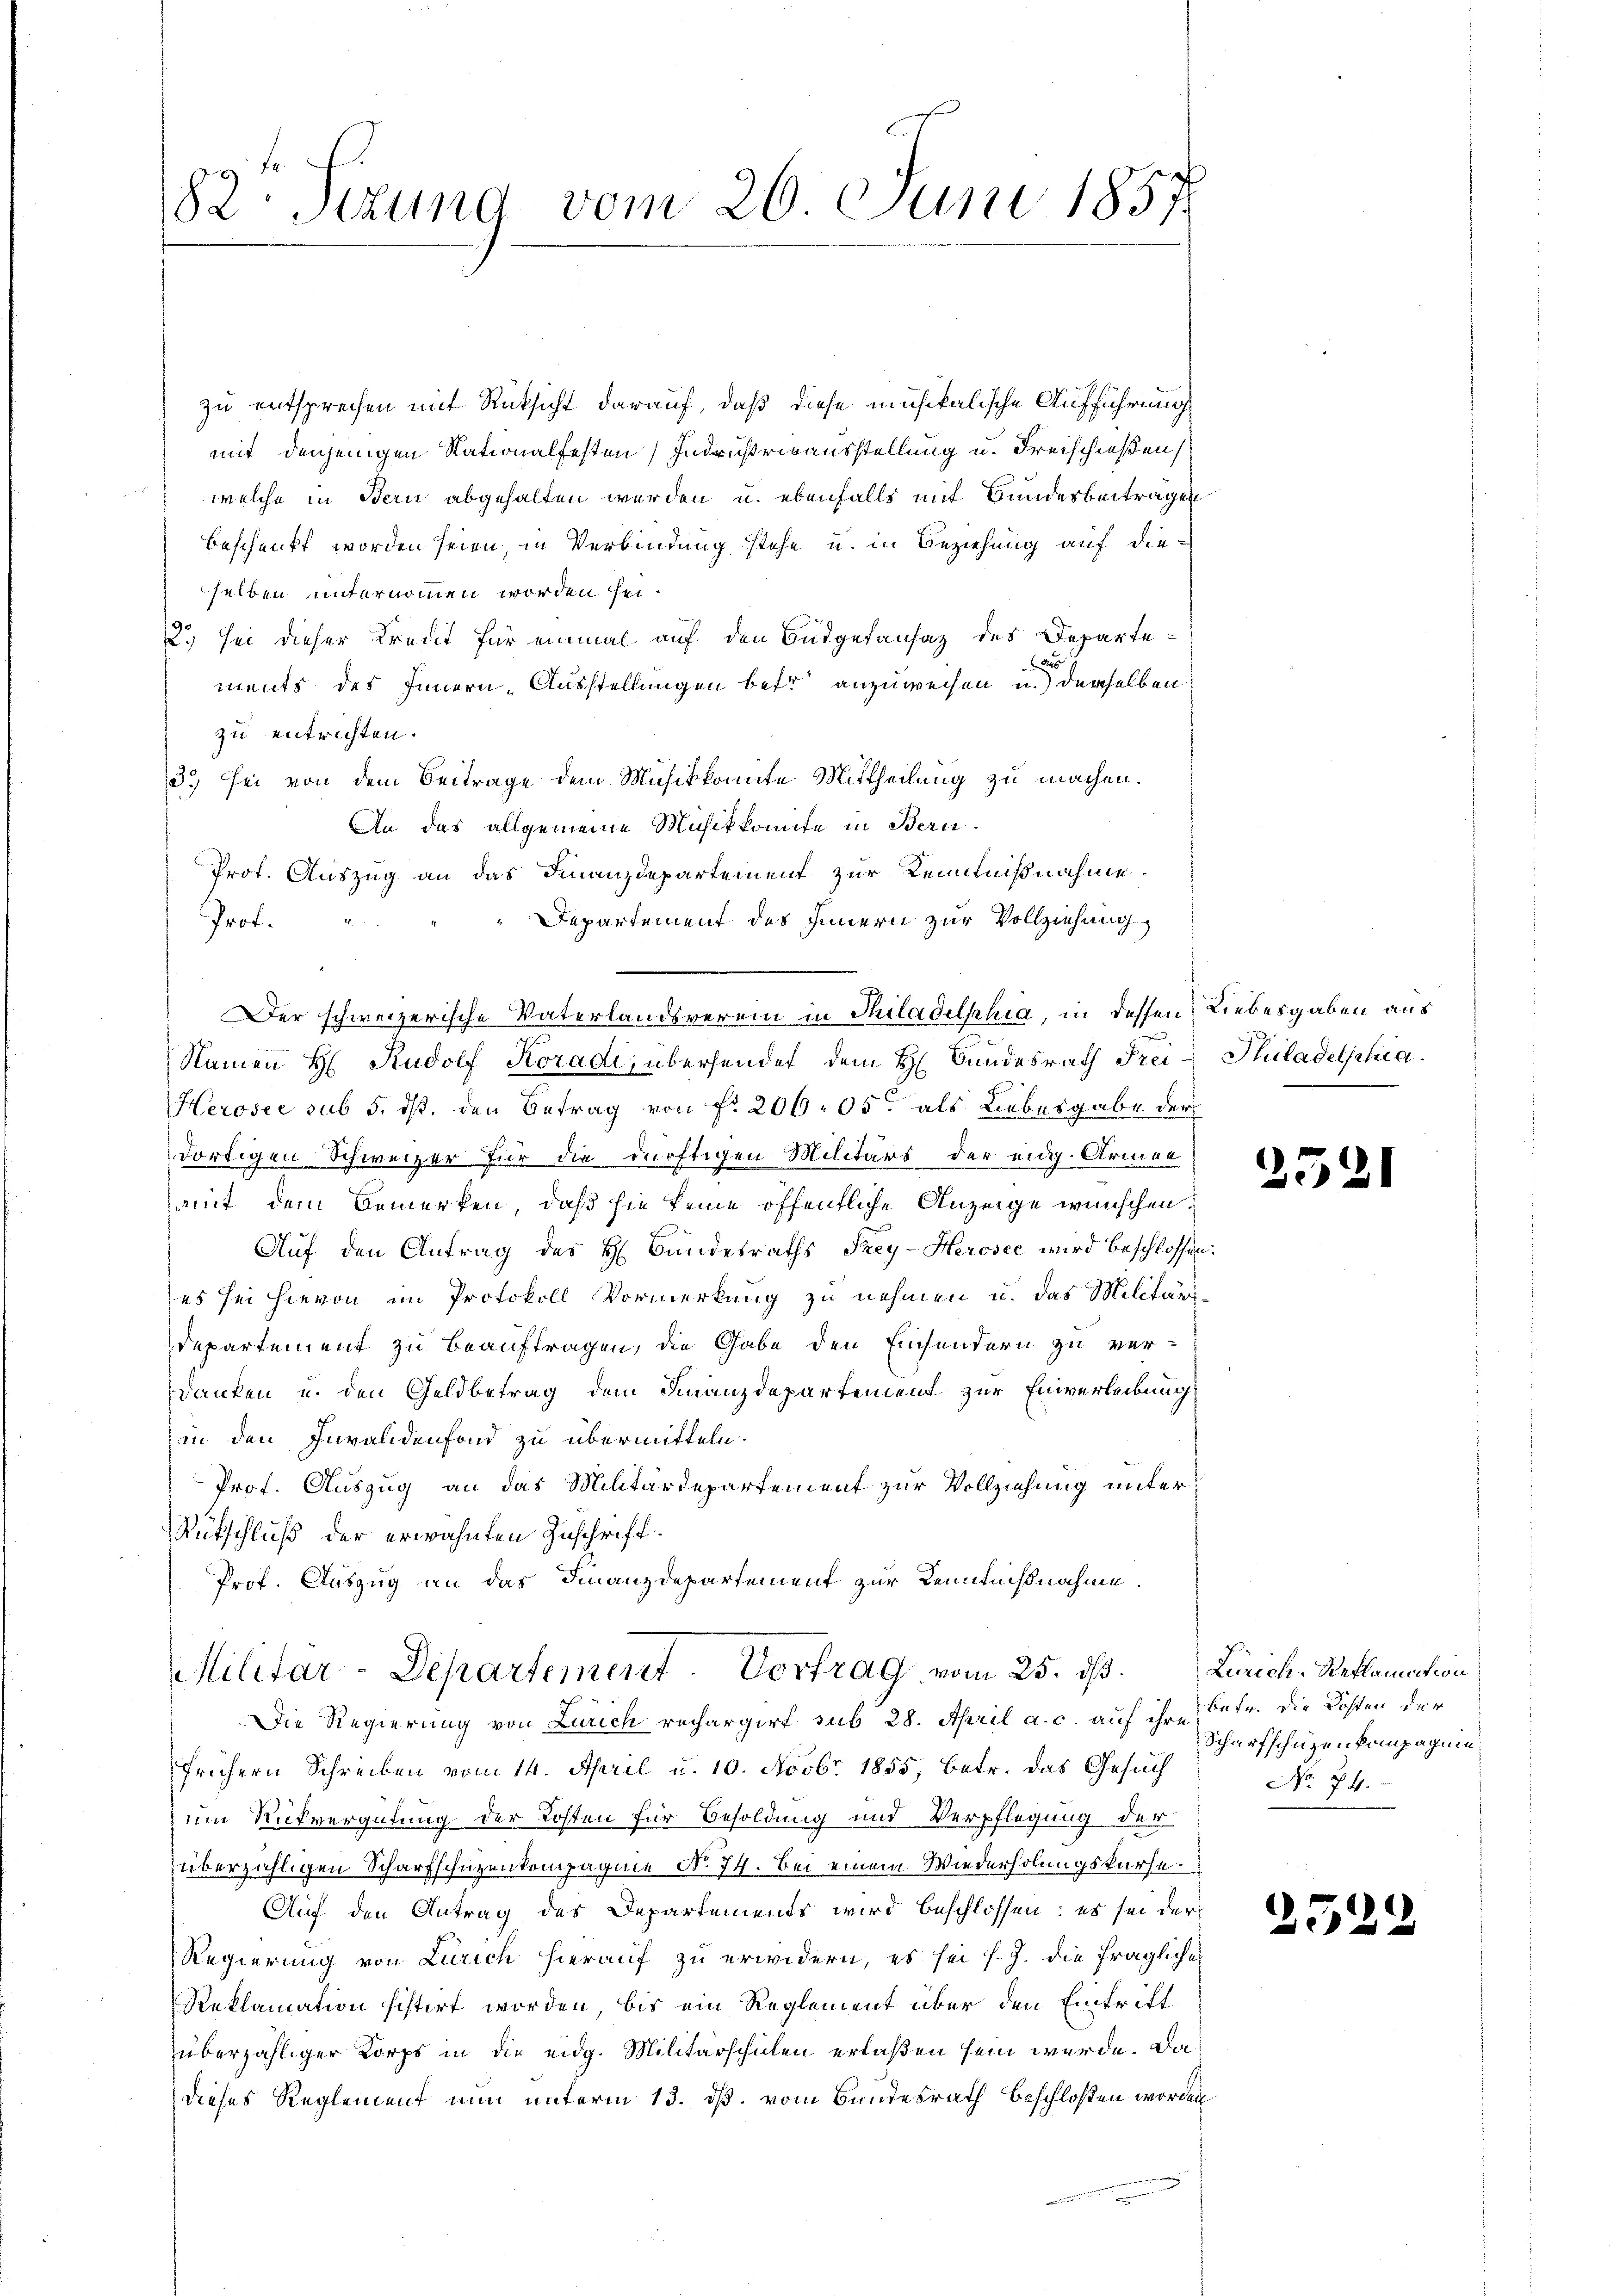
82 Sezung vom 26 Juni 1857

zu entsprechen mit Rücksicht darauf, daß diese musikalische Aufführung
mit denjenigen Nationalfesten Indrußrieausstellung u. Freischießen
welche in Bern abgehalten werden u. ebenfalls mit Bundesbeitragen
beschenkt worden seien, in Verbindung stehe u. in Beziehung auf dieselben unternommen worden sei.
2. sei dieser Kreut für einmal auf den Budgetansaz des Departen
ments des Innern, Ausstellungen betr anzuweisen u. derselben
zu entrichten.
3.) Sei von dem Beitrage dem Musikkomite Mittheilung zu machen.
An das allgemeine Musikkomite in Bern.
Prot. Auszug an das Finanzdepartement zur Kenntnißnahme.
Departement des Innern zur Vollziehung
Prof.
Der schweizerische Vaterlandsverein in Philadelphia, in dessen Liebesgaben aus
Namen H. Rudolf Koradi, übersendet dem H. Bundesrath Frei- Philadelphia
Herosee sub 5. ds. den Betrag von f. 206. 05 als Liebesgabe der
dortigen Schweizer für die dürftigen Militärs der eidg. Armen
ammt dem Bemerken, daß sie keine öffentliche Anzeige wünschen.
Auf den Antrag des H. Bandesraths, Frey-Herosee wird beschlossen:
es sei hievon im Protokoll Vormerkung zu nehmen u. das Militär-
Departement zu beauftragen, die Gabe den Einsendern zu ver-
Danken u. den Geldbetrag dem Finanzdepartement zur Einverleibung
in den Invalidenfond zu übermitteln.
Prof. Auszug an das Militärdepartement zur Vollziehung unter¬
Rütschluß der erwähnten Zuschrift.
Prof. Auszug an das Finanzdepartement zur Kenntnißnahme.

Militar-Departement. Vortrag vom 25. ds. Zürich-Reklamation
Die Regierung von Zürich rechargirt sub 28. April a. c. auf ihre

frühern Schreiben vom 14. April u. 10. Novbr. 1855, betr. das Gesuch
um Rückvergütung der Kosten für Besoldung und Verpflegung der
überzähligen Scharfschüzenkompagnie No. 74. Bei einem Wiederholungskurse
Auf den Antrag des Departements wird beschlossen: es sei der
Regierung von Zürich hierauf zu erwidern, es sei s.Z. die fragliche
Reklamation sistirt worden, bis ein Reglement über den Eintritt
überzähliger Korps in die eidg. Militärschulen erlaßen sein werde. Da
dieses Reglement nun unterm 13. dß. vom Bundesrath beschloßen worden

35

25

Betr. die Kosten der
Scharfschüzenkompagnie
No 74.

d